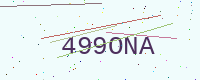
Text: 499ONA